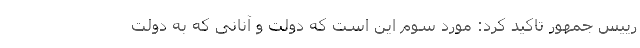
رییس جمهور تاکید کرد: مورد سوم این است که دولت و آنانی که به دولت